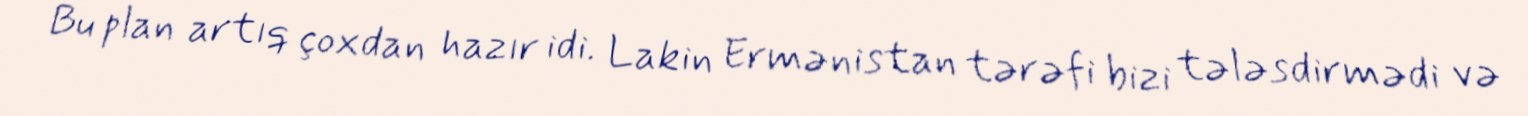
Bu plan artıq çoxdan hazır idi. Lakin Ermənistan tərəfi bizi tələsdirmədi və